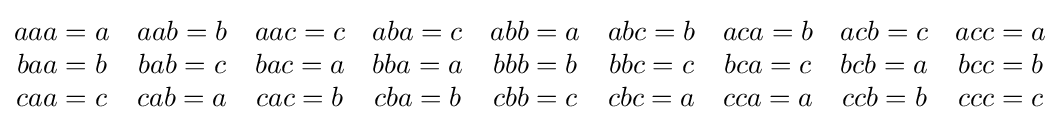
{\begin{matrix}aaa=a&aab=b&aac=c&aba=c&abb=a&abc=b&aca=b&acb=c&acc=a\\baa=b&bab=c&bac=a&bba=a&bbb=b&bbc=c&bca=c&bcb=a&bcc=b\\caa=c&cab=a&cac=b&cba=b&cbb=c&cbc=a&cca=a&ccb=b&ccc=c\end{matrix}}